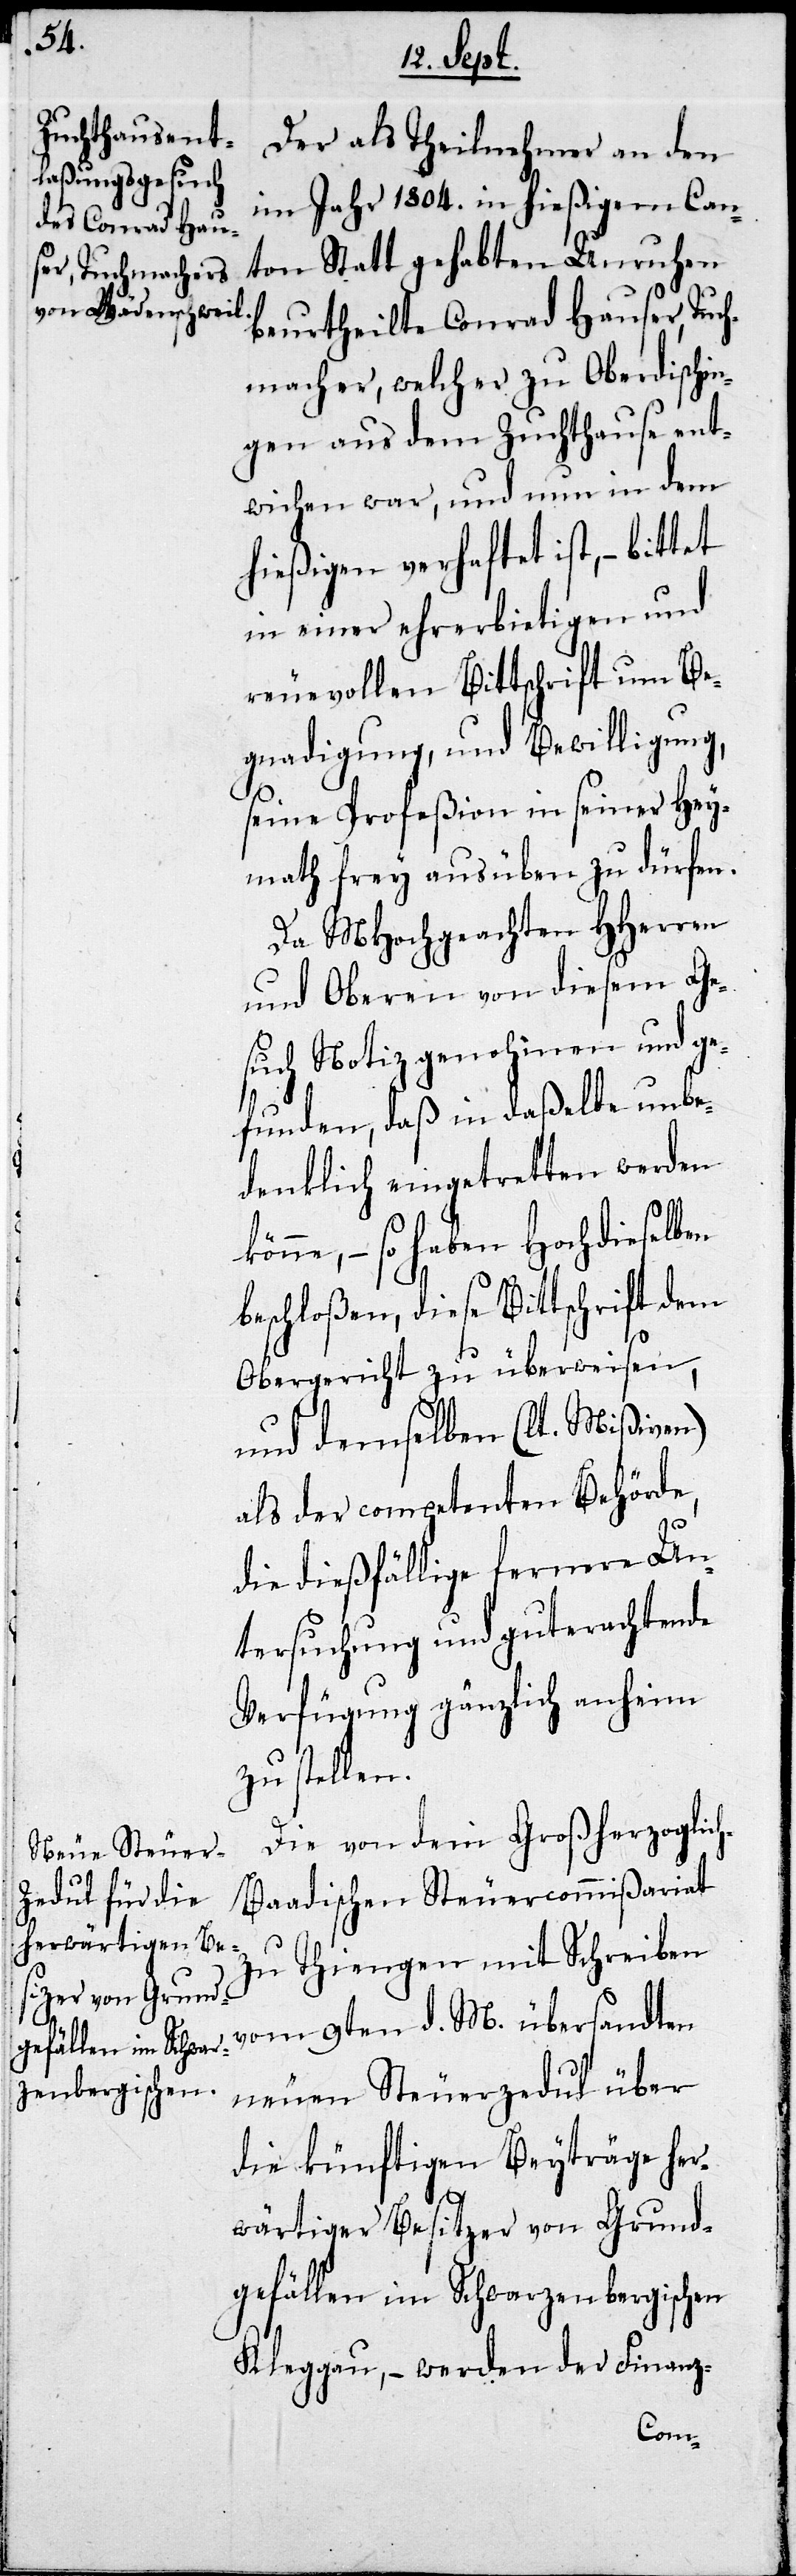
Der als Theilnehmer an den
im Jahr 1804. in hießigem Can¬
ton Statt gehabten Unruhen
beurtheilte Conrad Hauser, Tuch¬
macher, welcher zu Oberdischin¬
gen aus dem Zuchthause ent¬
wichen war, und nun in dem
hießigen verhaftet ist,
in einer ehrerbietigen und
reuevollen Bittschrift um Be¬
gnadigung, und Bewilligung,
seine Profeßion in seiner Hey¬
math frey ausüben zu dürfen.
Da MHochgeachten HHerren
und Oberen von diesem Ge¬
such Notiz genohmen und ge¬
funden, daß in daßelbe unbe¬
denklich eingetretten werden
könne, – so haben Hochdieselben
beschloßen, diese Bittschrift dem
Obergericht zu überweisen,
und demselben (lt. Mißiven)
als der competenten Behörde,
die dießfällige fernere Un¬
tersuchung und guterachtende
Verfügung gänzlich anheim
zu stellen.
Die von dem Großherzoglich
Baadischen Steuercommißariat
zu Thiengen mit Schreiben
vom 9ten d. M. übersandten
neuen Steuerzedul über
die künftigen Beyträge her¬
wärtiger Besitzer von Grund¬
gefällen im Schwarzenbergischen
Kleggau, – werden der Finanz-